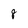
Character: 8